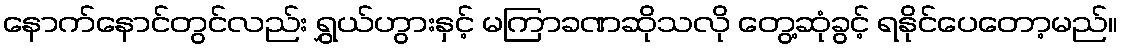
နောက်နောင်တွင်လည်း ရွှယ်ဟွားနှင့် မကြာခဏဆိုသလို တွေ့ဆုံခွင့် ရနိုင်ပေတော့မည်။